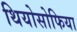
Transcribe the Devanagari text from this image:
थियोसोफिया